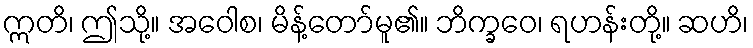
ဣတိ၊ ဤသို့။ အဝေါစ၊ မိန့်တော်မူ၏။ ဘိက္ခဝေ၊ ရဟန်းတို့။ ဆဟိ၊